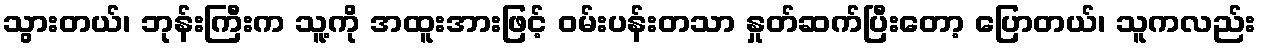
သွားတယ်၊ ဘုန်းကြီးက သူ့ကို အထူးအားဖြင့် ဝမ်းပန်းတသာ နှုတ်ဆက်ပြီးတော့ ပြောတယ်၊ သူကလည်း